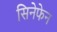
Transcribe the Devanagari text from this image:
सिनेफेन